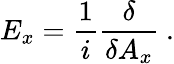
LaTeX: E_{x}=\frac{1}{i}\frac{\delta}{\delta A_{x}}\ .